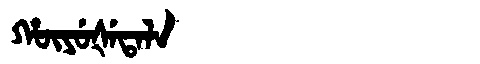
Manchu: ᡥᡡᠶᡠᡧᡝᡨᠠᠯᠠ
Romanization: HŪYUŠETALA